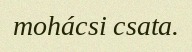
mohácsi csata.